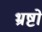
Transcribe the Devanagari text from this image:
भ्रष्टो